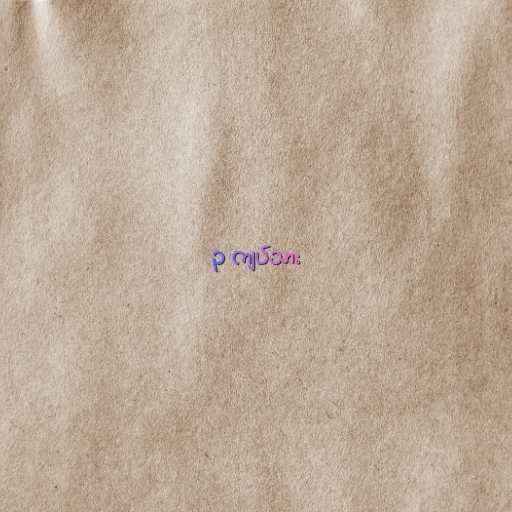
၃ ကျပ်သား